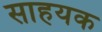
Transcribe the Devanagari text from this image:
साहयक